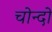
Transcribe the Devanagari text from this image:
चोन्दो